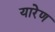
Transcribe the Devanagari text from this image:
यारेण